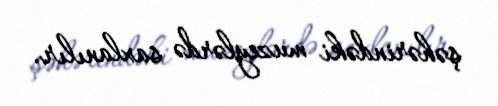
şəhərindəki muzeylərdə saxlanılır.